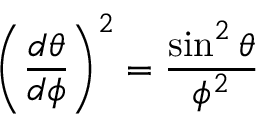
\left( { \frac { d \theta } { d \phi } } \right) ^ { 2 } = { \frac { \sin ^ { 2 } \theta } { \phi ^ { 2 } } }